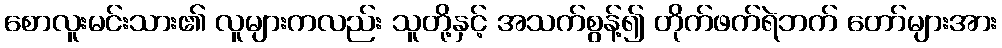
စောလူးမင်းသား၏ လူများကလည်း သူတို့နှင့် အသက်စွန့်၍ တိုက်ဖက်ရဲဘက် တော်များအား